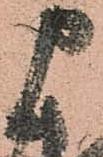
申